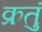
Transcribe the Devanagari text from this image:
क्रतुं